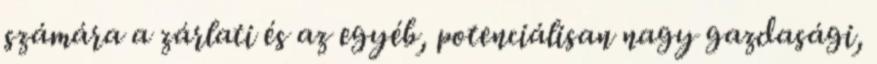
számára a zárlati és az egyéb, potenciálisan nagy gazdasági,